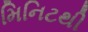
મિનિટથી